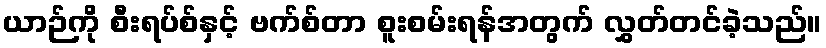
ယာဉ်ကို စီးရပ်စ်နှင့် ဗက်စ်တာ စူးစမ်းရန်အတွက် လွှတ်တင်ခဲ့သည်။